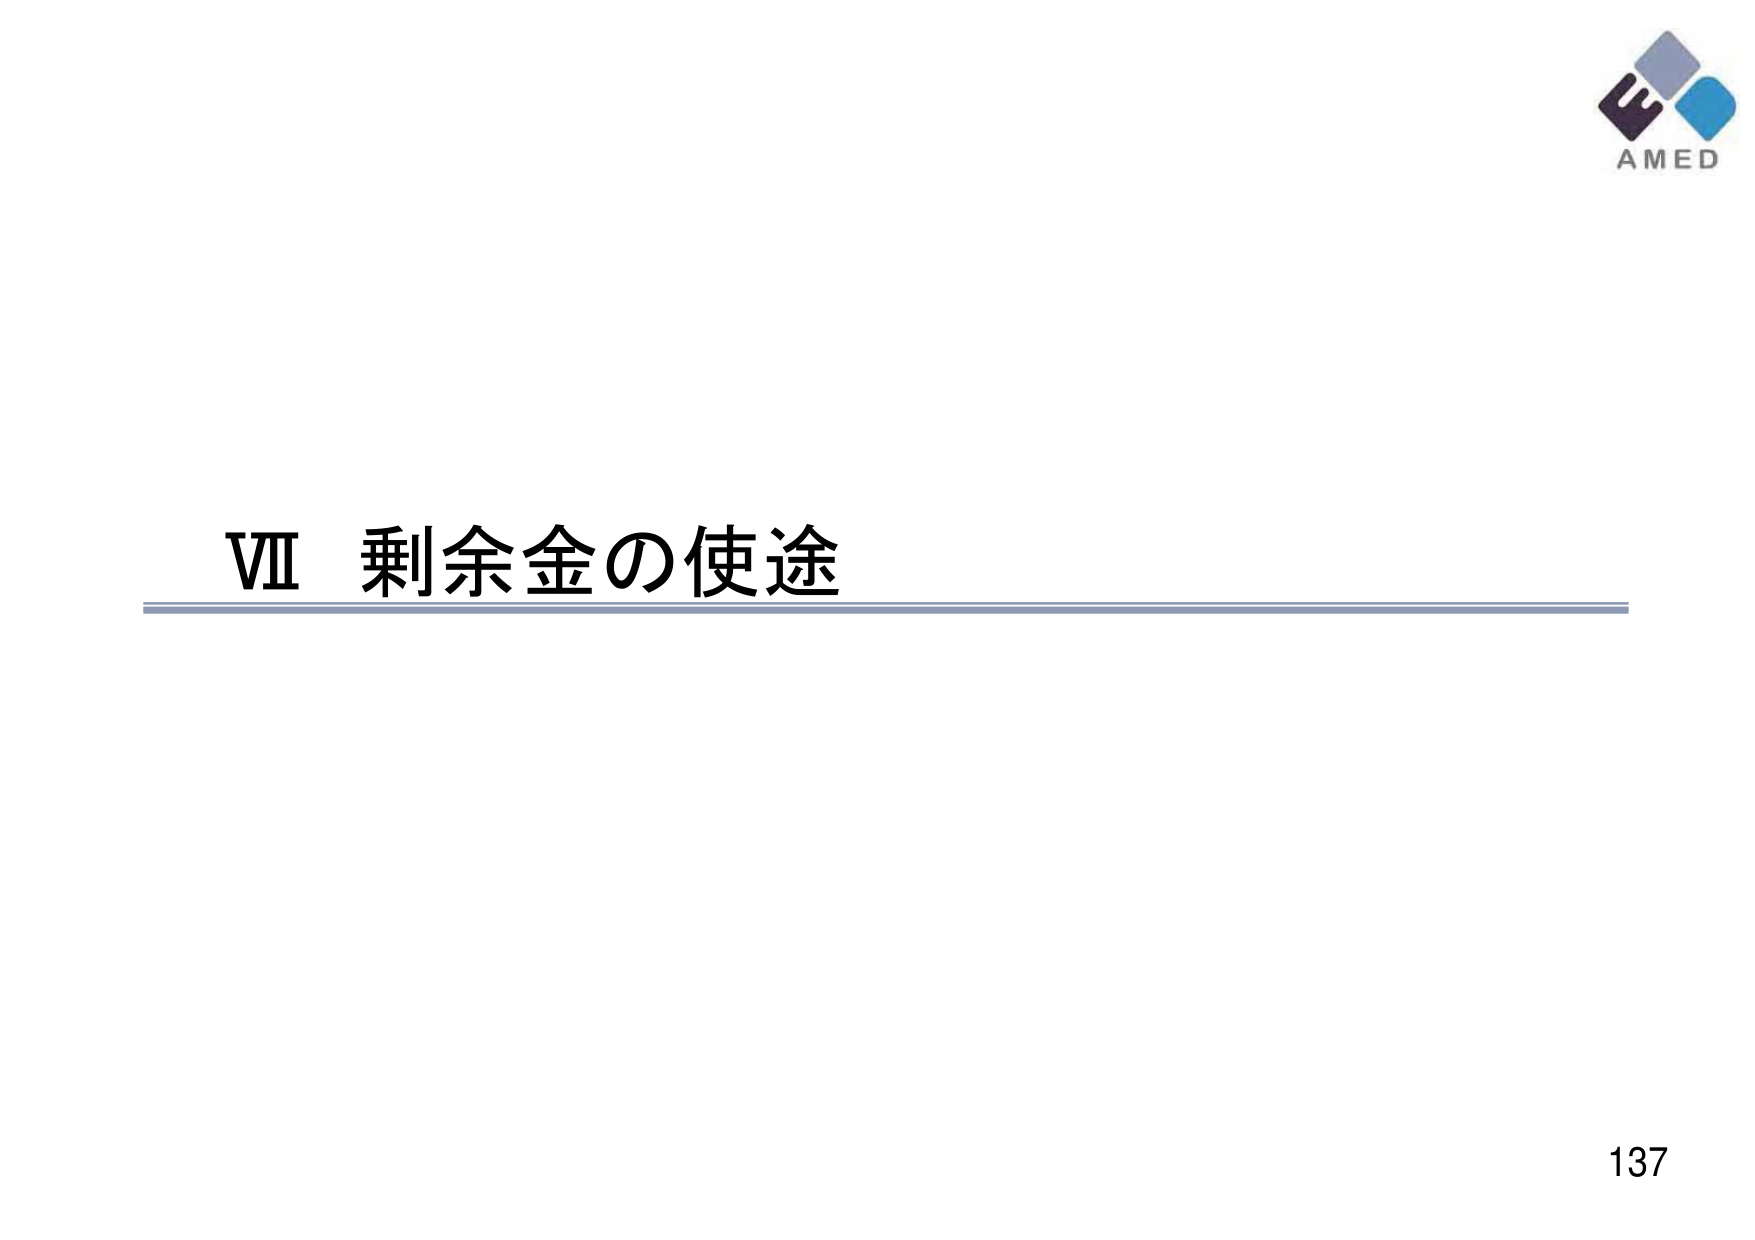
VII 剰余金の使途
AMED
137